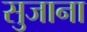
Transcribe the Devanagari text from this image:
सुजाना